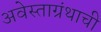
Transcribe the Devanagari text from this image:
अवेस्ताग्रंथाची